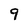
Character: 9